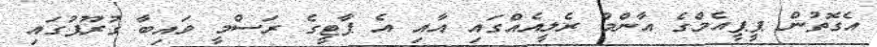
އެގޮތުން ޕީޕީއެމްގެ އާންމު ރެލީއެއްގައި އާއި އެ ޕާޓީގެ ރަސްމީ ވައިބާ ގުރޫޕުގައި